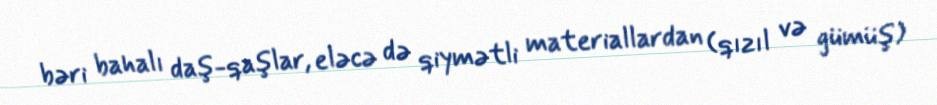
bəri bahalı daş-qaşlar, eləcə də qiymətli materiallardan (qızıl və gümüş)